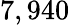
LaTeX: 7,940